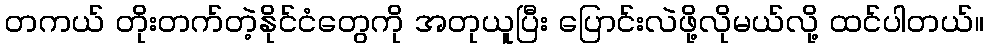
တကယ် တိုးတက်တဲ့နိုင်ငံတွေကို အတုယူပြီး ပြောင်းလဲဖို့လိုမယ်လို့ ထင်ပါတယ်။